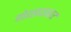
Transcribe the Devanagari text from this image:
गोरखदरबार